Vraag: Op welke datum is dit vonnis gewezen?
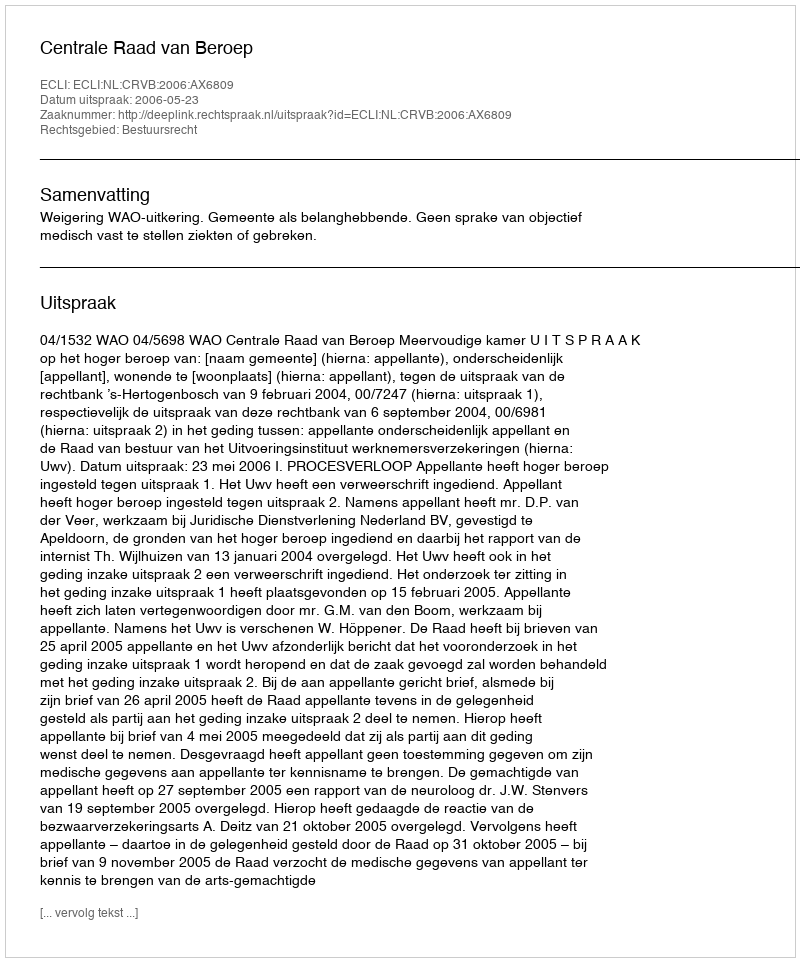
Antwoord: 2006-05-23